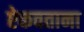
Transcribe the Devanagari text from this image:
ऐकवताना